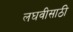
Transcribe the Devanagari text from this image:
लघवीसाठी